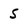
Character: 5